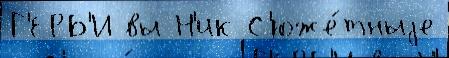
Г'ЕРБ'И вы Н'ик С'юже́тныjе